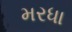
મરધા